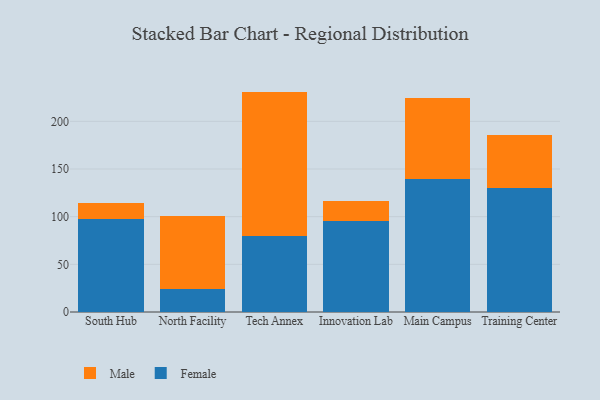
{"axis": {"x": "Campus", "y": "Website Visitors"}, "legend": ["Female", "Male"], "data": [{"x": "South Hub", "y": 97.2, "type": "Female"}, {"x": "South Hub", "y": 16.7, "type": "Male"}, {"x": "North Facility", "y": 24.0, "type": "Female"}, {"x": "North Facility", "y": 76.8, "type": "Male"}, {"x": "Tech Annex", "y": 79.3, "type": "Female"}, {"x": "Tech Annex", "y": 151.9, "type": "Male"}, {"x": "Innovation Lab", "y": 95.2, "type": "Female"}, {"x": "Innovation Lab", "y": 21.2, "type": "Male"}, {"x": "Main Campus", "y": 139.9, "type": "Female"}, {"x": "Main Campus", "y": 85.0, "type": "Male"}, {"x": "Training Center", "y": 130.1, "type": "Female"}, {"x": "Training Center", "y": 55.5, "type": "Male"}]}